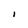
Character: I